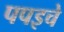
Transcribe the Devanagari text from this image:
पपइचे